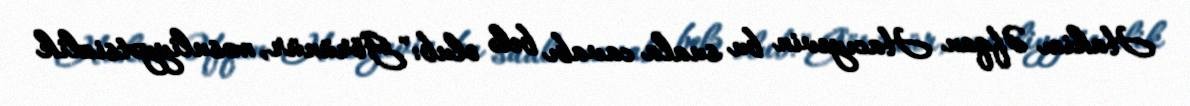
Hakim Əfqan Hacıyevin bu suala cavabı belə olub: "Görünür, məsuliyyətsizlik